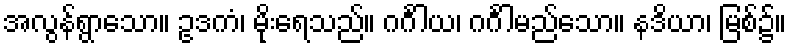
အလွန်ရွာသော။ ဥဒကံ၊ မိုးရေသည်။ ဂင်္ဂါယ၊ ဂင်္ဂါမည်သော။ နဒိယာ၊ မြစ်၌။